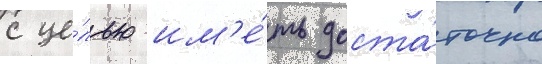
с це́лью им'е́ть доста́точно